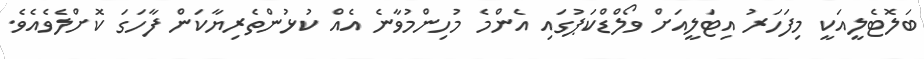
ބަލޮޓެލީއަކީ މިފަހަރު އިޓަލީއަށް ވޯލްޑްކަޕުގައި އެންމެ މުހިންމުވާނެ އެއް ކުޅުންތެރިޔާކަން ފާހަގަ ކޮށްލެވެއެވެ.